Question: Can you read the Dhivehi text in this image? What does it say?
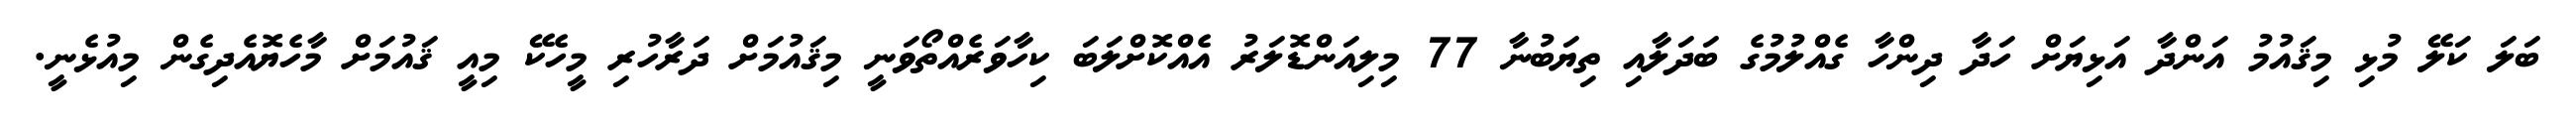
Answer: ބަލަ ކަލޭ މުޅި މިޤައުމު އަންދާ އަޅިޔަށް ހަދާ ދިންހާ ގެއްލުމުގެ ބަދަލާއި ތިޔަބުނާ 77 މިލިއަންޑޮލަރު އެއްކޮށްލަބަ ކިހާވަރެއްތޯވަނީ މިޤައުމަށް ދަރާހުރި މީހެކޭ މިއީ ޤައުމަށް މާހެޔޮއެދިގެން މިއުޅެނީ.